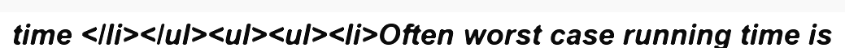
time </li></ul><ul><ul><li>Often worst case running time is